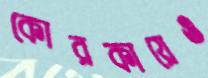
কোরকায়েও